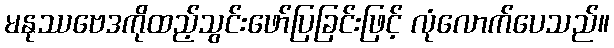
မနုဿဗေဒကိုထည့်သွင်းဖော်ပြခြင်းဖြင့် လုံလောက်ပေသည်။